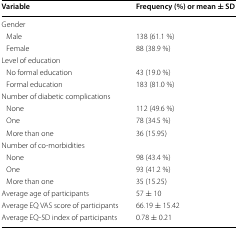
| Variable | Frequency (%) or mean ± SD |
 | --- | --- |
 | <COLSPAN=2> Gender |
 | Male | 138 (61.1 %) |
 | Female | 88 (38.9 %) |
 | <COLSPAN=2> Level of education |
 | No formal education | 43 (19.0 %) |
 | Formal education | 183 (81.0 %) |
 | <COLSPAN=2> Number of diabetic complications |
 | None | 112 (49.6 %) |
 | One | 78 (34.5 %) |
 | More than one | 36 (15.95) |
 | Number of co-morbidities |  |
 | None | 98 (43.4 %) |
 | One | 93 (41.2 %) |
 | More than one | 35 (15.25) |
 | Average age of participants | 57 ± 10 |
 | Average EQ VAS score of participants | 66.19 ± 15.42 |
 | Average EQ-5D index of participants | 0.78 ± 0.21 |